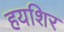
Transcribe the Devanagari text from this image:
हयशिर